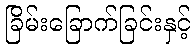
ခြိမ်းခြောက်ခြင်းနှင့်